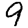
Digit: 9